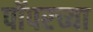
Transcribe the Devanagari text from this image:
पॉपरच्या